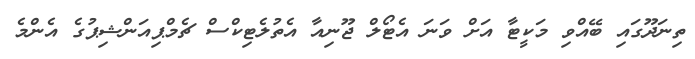
ތިނަދޫގައި ބޭއްވި މަކީޓާ އަށް ވަނަ އެޓޯލް ޖޫނިއާ އެތުލެޓިކްސް ޗެމްޕިއަންޝިޕުގެ އެންމެ